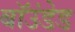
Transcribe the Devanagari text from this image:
बॉउंडेड